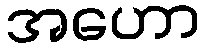
အဟော